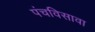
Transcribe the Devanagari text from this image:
पंचविसावा